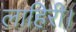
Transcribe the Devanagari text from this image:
लाहिरी।